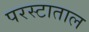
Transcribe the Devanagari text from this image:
परस्टाताल